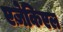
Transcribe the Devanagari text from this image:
एज़ेकिएल